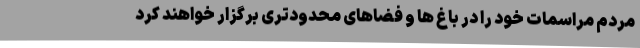
مردم مراسمات خود را در باغ ها و فضاهای محدودتری برگزار خواهند کرد